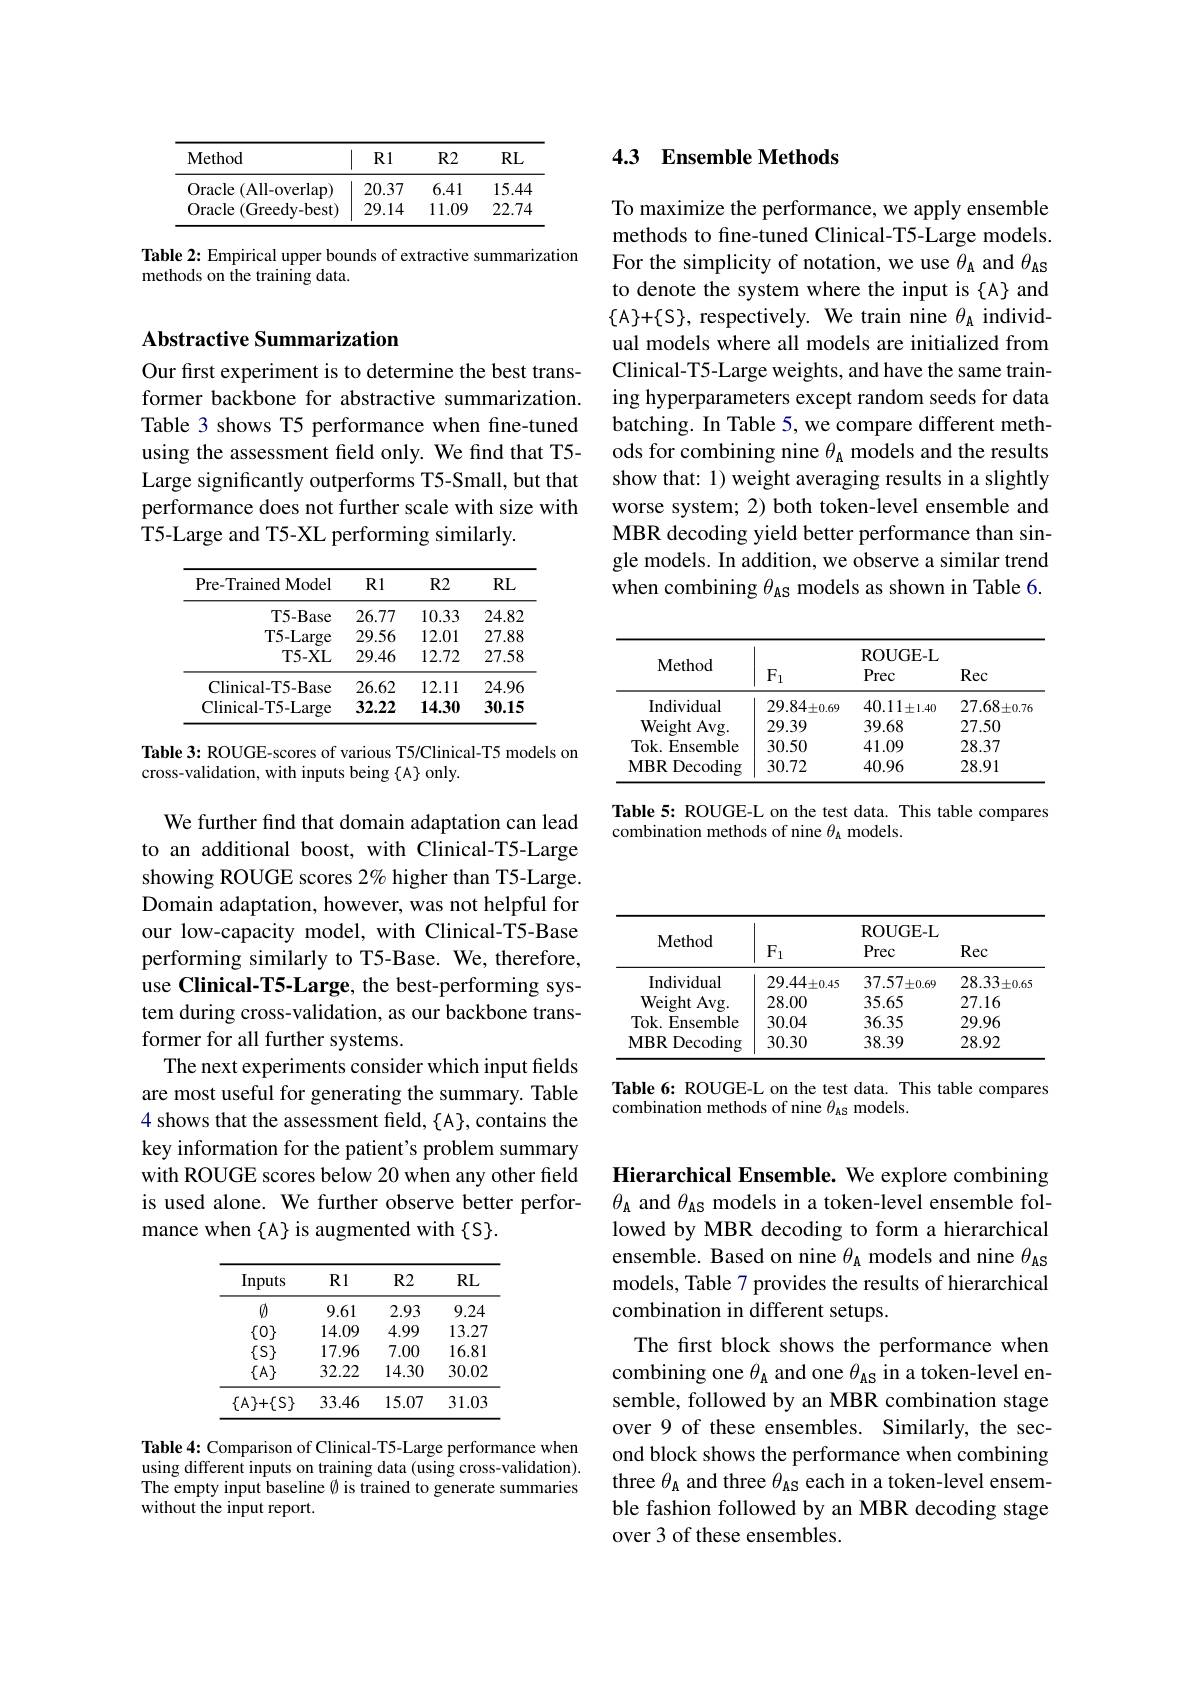
<table>
	<tbody>
		<tr>
			<th>Method</th>
			<th>R1</th>
			<th>$R2$</th>
			<th>$RL$</th>
		</tr>
		<tr>
			<td>Oracle ( All- overlap) </td>
			<td>20.37</td>
			<td>6.41</td>
			<td>15.44</td>
		</tr>
		<tr>
			<td>Oracle (Greedy-best)</td>
			<td>29.14</td>
			<td>11.09</td>
			<td>22.74</td>
		</tr>
	</tbody>
</table>

Table 2: Empirical upper bounds of extractive summarization
methods on the training data.

## Abstractive Summarization

Our first experiment is to determine the best transformer backbone for abstractive summarization. Table 3 shows T5 performance when fine-tuned using the assessment field only. We find that T5- Large significantly outperforms T5-Small, but that performance does not further scale with size with T5-Large and T5-XL performing similarly.

<table>
	<tbody>
		<tr>
			<th>Pre- TrainedModel</th>
			<th>R1</th>
			<th>$R2$</th>
			<th>$RL$</th>
		</tr>
		<tr>
			<td>T5-Base</td>
			<td>26.77</td>
			<td>10.33</td>
			<td>24.82</td>
		</tr>
		<tr>
			<td>T5- Large</td>
			<td>29.56</td>
			<td>12.01</td>
			<td>27.88</td>
		</tr>
		<tr>
			<td>T5- XL</td>
			<td>29.46</td>
			<td>12.72</td>
			<td>27.58</td>
		</tr>
		<tr>
			<td>Clinical- T5- Base</td>
			<td>26.62</td>
			<td>12.11</td>
			<td>24.96</td>
		</tr>
		<tr>
			<td>Clinical- T5- Large</td>
			<td>32.22</td>
			<td>14.30</td>
			<td>30.15</td>
		</tr>
	</tbody>
</table>

Table 3: ROUGE-scores of various T5/Clinical-T5 models on
cross-validation, with inputs being {A} only.

We further find that domain adaptation can lead to an additional boost, with Clinical-T5-Large showing ROUGE scores 2% higher than T5-Large. Domain adaptation, however, was not helpful for our low-capacity model, with Clinical-T5-Base performing similarly to T5-Base. We, therefore, use Clinical-T5-Large, the best-performing system during cross-validation, as our backbone transformer for all further systems.
The next experiments consider which input fields are most useful for generating the summary. Table 4 shows that the assessment field, {A}, contains the key information for the patient's problem summary with ROUGE scores below 20 when any other field is used alone. We further observe better performance when {A} is augmented with {S}.

<table>
	<tbody>
		<tr>
			<th>Inputs</th>
			<th>$R1$</th>
			<th>$R2$</th>
			<th>$RL$</th>
		</tr>
		<tr>
			<td>$\textcircled{0}$</td>
			<td>9.61</td>
			<td>2.93</td>
			<td>9.24</td>
		</tr>
		<tr>
			<td>$\{0\}$</td>
			<td>14.09</td>
			<td>4.99</td>
			<td>13.27</td>
		</tr>
		<tr>
			<td>$\{S\}$</td>
			<td>17.96</td>
			<td>7.00</td>
			<td>16.81</td>
		</tr>
		<tr>
			<td>$\{A\}$</td>
			<td>32.22</td>
			<td>14.30</td>
			<td>$30.0\mathfrak{Z}$</td>
		</tr>
		<tr>
			<td>$\{A\}+\{S\}$</td>
			<td>33.46</td>
			<td>15.07</td>
			<td>31.0{:}</td>
		</tr>
	</tbody>
</table>

Table 4: Comparison of Clinical-T5-Large performance when using different inputs on training data (using cross-validation). The empty input baseline Ø is trained to generate summaries without the input report.

### 4.3 Ensemble Methods

To maximize the performance, we apply ensemble methods to fine-tuned Clinical-T5-Large models. For the simplicity of notation, we use $\theta_\mathrm{A}$ and $\theta_\mathrm{AS}$ to denote the system where the input is {A} and $\{A\}+\{S\}$, respectively. We train nine $\theta_\mathrm{A}$ individual models where all models are initialized from Clinical-T5-Large weights, and have the same training hyperparameters except random seeds for data batching. In Table 5, we compare different methods for combining nine $\theta_\mathrm{A}$ models and the results show that: 1) weight averaging results in a slightly worse system; 2) both token-level ensemble and MBR decoding yield better performance than single models. In addition, we observe a similar trend when combining $\theta_\mathrm{AS}$ models as shown in Table 6.

<table>
	<tbody>
		<tr>
			<th>Method</th>
			<th>$F_{1}$</th>
			<th>ROUGE- L Prec</th>
			<th>Rec</th>
		</tr>
		<tr>
			<td>Individual</td>
			<td>$29.84_{\pm0.69}$</td>
			<td>$40.11\pm1.40$</td>
			<td>27.68 $\therefore\pm0.7\epsilon$</td>
		</tr>
		<tr>
			<td>Weight Avg. </td>
			<td>29.39</td>
			<td>39.68</td>
			<td>27.50</td>
		</tr>
		<tr>
			<td>Tok. Ensemble 1</td>
			<td>30.50</td>
			<td>41.09</td>
			<td>28.37</td>
		</tr>
		<tr>
			<td>$MBR$ Decoding</td>
			<td>30.72</td>
			<td>40.96</td>
			<td>28.91</td>
		</tr>
	</tbody>
</table>

Table 5: ROUGE-L on the test data. This table compares
combination methods of nine $\theta_\mathrm{A}$ models.

<table>
	<tbody>
		<tr>
			<th>Method</th>
			<th>$F_{1}$</th>
			<th>ROUGE- L Prec</th>
			<th>Rec</th>
		</tr>
		<tr>
			<td>Individual</td>
			<td>$29.44\pm0.45$</td>
			<td>37.57 $7\pm0.69$</td>
			<td>$28.33\pm0.65$</td>
		</tr>
		<tr>
			<td>Weight Avg. </td>
			<td>28.00</td>
			<td>35.65</td>
			<td>27.16</td>
		</tr>
		<tr>
			<td>Tok. E Ensemble</td>
			<td>30.04</td>
			<td>36.35</td>
			<td>29.96</td>
		</tr>
		<tr>
			<td>$MBR$ Decoding</td>
			<td>30.30</td>
			<td>38.39</td>
			<td>28.92</td>
		</tr>
	</tbody>
</table>

Table 6: ROUGE-L on the test data. This table compares
combination methods of nine $\theta_\mathrm{AS}$ models.

Hierarchical Ensemble. We explore combining $\theta_{\mathrm{A}}$ and $\theta_\mathrm{AS}$ models in a token-level ensemble followed by MBR decoding to form a hierarchical ensemble. Based on nine $\theta_\mathrm{A}$ models and nine $\theta_\mathrm{AS}$ models, Table 7 provides the results of hierarchical combination in different setups.
The first block shows the performance when combining one $\theta_\mathrm{A}$ and one $\theta_\mathrm{AS}$ in a token-level ensemble, followed by an MBR combination stage over 9 of these ensembles. Similarly, the second block shows the performance when combining three $\theta_\mathrm{A}$ and three $\theta_\mathrm{AS}$ each in a token-level ensemble fashion followed by an MBR decoding stage over 3 of these ensembles.